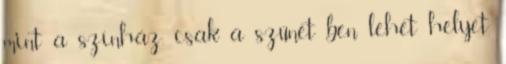
mint a színház, csak a szünet­ ben lehet helyet